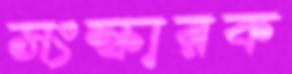
সংস্কারক